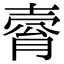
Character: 𡔴